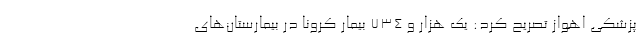
پزشکی اهواز تصریح کرد: یک هزار و ۷۳۴ بیمار کرونا در بیمارستان‌های